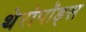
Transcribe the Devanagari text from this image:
थेरोपॉड्स